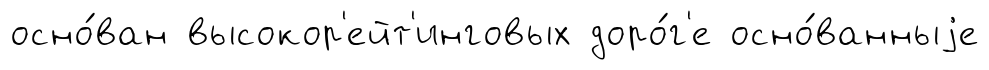
осно́ван высокор'ейт'инговых доро́г'е осно́ванныjе